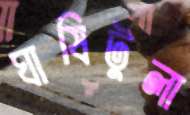
ঘাষিটুলা